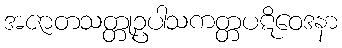
အဇာတသတ္တုဥပါသကတ္တပဋိဝေဒနာ